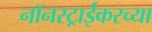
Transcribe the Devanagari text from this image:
नॉनस्ट्राईकरच्या